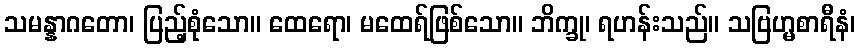
သမန္နာဂတော၊ ပြည့်စုံသော။ ထေရော၊ မထေရ်ဖြစ်သော။ ဘိက္ခု၊ ရဟန်းသည်။ သဗြဟ္မစာရီနံ၊